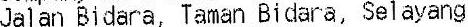
JALAN BIDARA, TAMAN BIDARA, SELAYANG